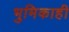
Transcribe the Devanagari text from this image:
भुमिकाही